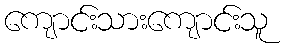
ကျောင်းသားကျောင်းသူ